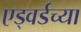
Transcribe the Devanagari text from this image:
एड्वर्डच्या